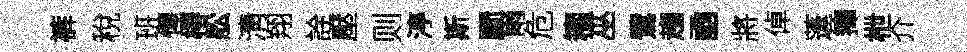
裤稅班惺椿舩淸翔詮壓则渟斯罽雨危籕巫鷺趨凾將倬蓬籜枻介